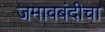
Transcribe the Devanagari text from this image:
जमावबंदीचा